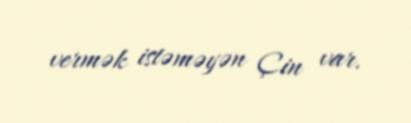
vermək istəməyən Çin var.